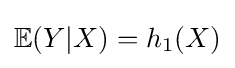
\mathbb {E} (Y|X)=h_{1}(X)